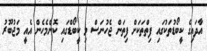
އާދައިގެ ކީބޯޑުތަކުގައި ފިތްތަކަށް ފިތަން ޖެހުނަސް މި ކީބޯޑްގައި ކޮންމެހެން އެއީ މަޖުބޫރު